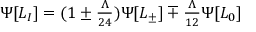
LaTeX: \Psi [ L _ { I } ] = ( 1 \pm { \textstyle { \frac { \Lambda } { 2 4 } } } ) \Psi [ L _ { \pm } ] \mp { \textstyle { \frac { \Lambda } { 1 2 } } } \Psi [ L _ { 0 } ]